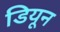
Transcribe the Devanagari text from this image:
डियून